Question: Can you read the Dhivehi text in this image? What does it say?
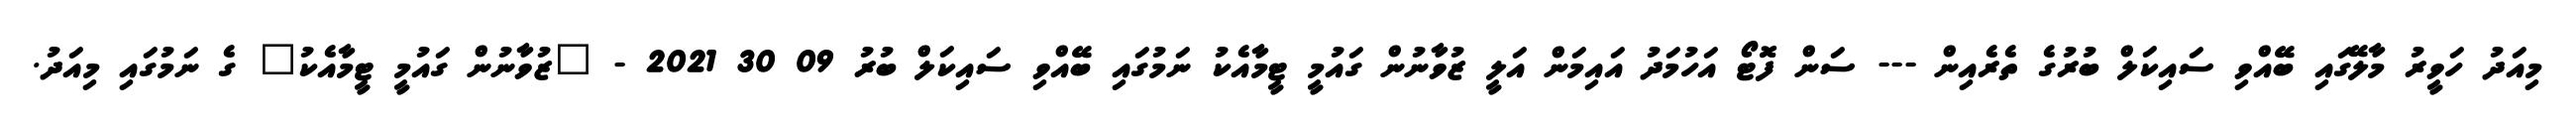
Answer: މިއަދު ހަވީރު މާލޭގައި ބޭއްވި ސައިކަލް ބުރުގެ ތެރެއިން --- ސަން ފޮޓޯ އަހުމަދު އައިމަން އަލީ ޒުވާނުން ގައުމީ ޓީމާއެކު ނަމުގައި ބޭއްވި ސައިކަލް ބުރު 09 30 2021 - "ޒުވާނުން ގައުމީ ޓީމާއެކު" ގެ ނަމުގައި މިއަދު.